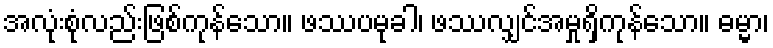
အလုံးစုံလည်းဖြစ်ကုန်သော။ ဖဿပမုခါ၊ ဖဿလျှင်အမှုရှိကုန်သော။ ဓမ္မာ၊